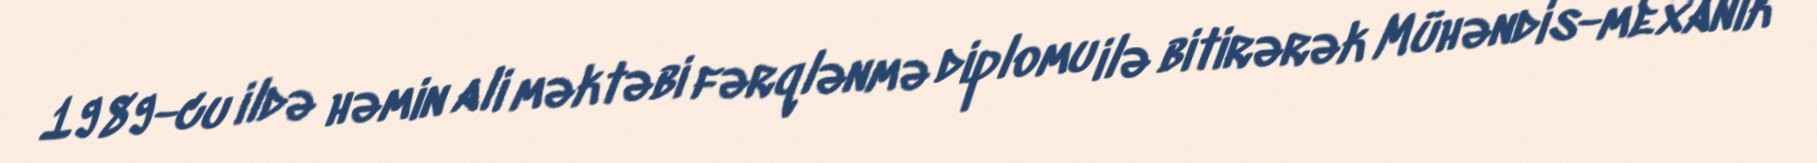
1989-cu ildə həmin ali məktəbi fərqlənmə diplomu ilə bitirərək Mühəndis-mexanik